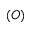
( O )